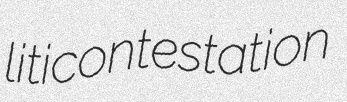
liticontestation